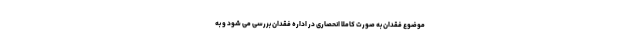
موضوع فقدان به صورت کاملا انحصاری در اداره فقدان بررسی می شود و به